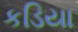
કડિયા